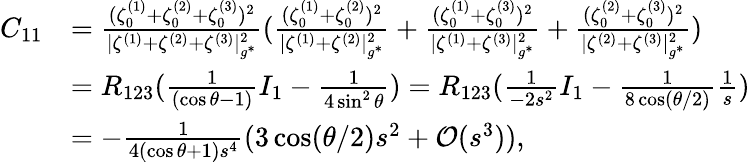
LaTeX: \begin{array}{rl}{C_{11}}&{=\frac{(\zeta_{0}^{(1)}+\zeta_{0}^{(2)}+\zeta_{0}^{(3)})^{2}}{|\zeta^{(1)}+\zeta^{(2)}+\zeta^{(3)}|_{g^{*}}^{2}}(\frac{(\zeta_{0}^{(1)}+\zeta_{0}^{(2)})^{2}}{|\zeta^{(1)}+\zeta^{(2)}|_{g^{*}}^{2}}+\frac{(\zeta_{0}^{(1)}+\zeta_{0}^{(3)})^{2}}{|\zeta^{(1)}+\zeta^{(3)}|_{g^{*}}^{2}}+\frac{(\zeta_{0}^{(2)}+\zeta_{0}^{(3)})^{2}}{|\zeta^{(2)}+\zeta^{(3)}|_{g^{*}}^{2}})}\\ &{=R_{123}(\frac{1}{(\cos\theta-1)}I_{1}-\frac{1}{4\sin^{2}\theta})=R_{123}(\frac{1}{-2s^{2}}I_{1}-\frac{1}{8\cos({\theta}/{2})}\frac{1}{s})}\\ &{=-\frac{1}{4(\cos\theta+1)s^{4}}(3\cos({\theta}/{2})s^{2}+\mathcal{O}(s^{3})),}\end{array}